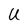
Character: U